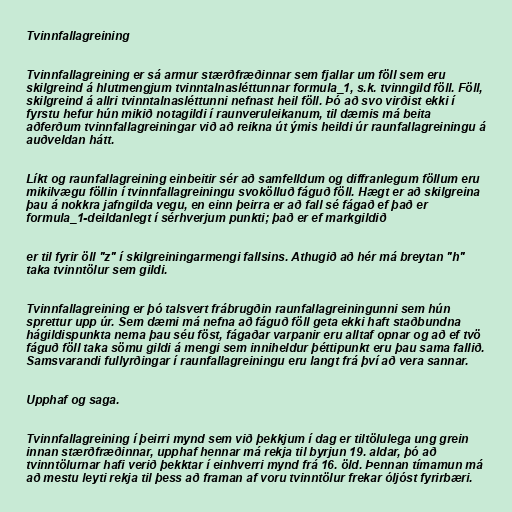
Tvinnfallagreining

Tvinnfallagreining er sá armur stærðfræðinnar sem fjallar um föll sem eru
skilgreind á hlutmengjum tvinntalnasléttunnar formula_1, s.k. tvinngild föll. Föll,
skilgreind á allri tvinntalnasléttunni nefnast heil föll. Þó að svo virðist ekki í
fyrstu hefur hún mikið notagildi í raunveruleikanum, til dæmis má beita
aðferðum tvinnfallagreiningar við að reikna út ýmis heildi úr raunfallagreiningu á
auðveldan hátt.

Líkt og raunfallagreining einbeitir sér að samfelldum og diffranlegum föllum eru
mikilvægu föllin í tvinnfallagreiningu svokölluð fáguð föll. Hægt er að skilgreina
þau á nokkra jafngilda vegu, en einn þeirra er að fall sé fágað ef það er
formula_1-deildanlegt í sérhverjum punkti; það er ef markgildið

er til fyrir öll "z" í skilgreiningarmengi fallsins. Athugið að hér má breytan "h"
taka tvinntölur sem gildi.

Tvinnfallagreining er þó talsvert frábrugðin raunfallagreiningunni sem hún
sprettur upp úr. Sem dæmi má nefna að fáguð föll geta ekki haft staðbundna
hágildispunkta nema þau séu föst, fágaðar varpanir eru alltaf opnar og að ef tvö
fáguð föll taka sömu gildi á mengi sem inniheldur þéttipunkt eru þau sama fallið.
Samsvarandi fullyrðingar í raunfallagreiningu eru langt frá því að vera sannar.

Upphaf og saga.

Tvinnfallagreining í þeirri mynd sem við þekkjum í dag er tiltölulega ung grein
innan stærðfræðinnar, upphaf hennar má rekja til byrjun 19. aldar, þó að
tvinntölurnar hafi verið þekktar í einhverri mynd frá 16. öld. Þennan tímamun má
að mestu leyti rekja til þess að framan af voru tvinntölur frekar óljóst fyrirbæri.